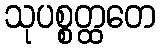
သုပစ္စတ္ထတေ